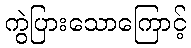
ကွဲပြားသောကြောင့်